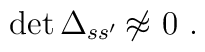
{\rm det}\,\Delta_{ss'}\not{\!\!\approx}\ 0\ .